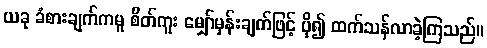
ယခု ခံစားချက်ကမူ စိတ်ကူး မျှော်မှန်းချက်ဖြင့် ပို၍ ထက်သန်လာခဲ့ကြသည်။